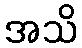
အသိ